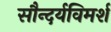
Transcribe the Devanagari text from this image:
सौन्दर्यविमर्श